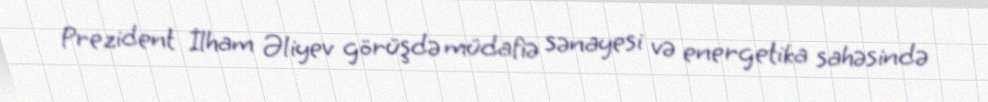
Prezident İlham Əliyev görüşdə müdafiə sənayesi və energetika sahəsində